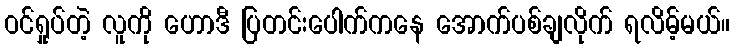
ဝင်ရှုပ်တဲ့ လူကို ဟောဒီ ပြတင်းပေါက်ကနေ အောက်ပစ်ချလိုက် ရလိမ့်မယ်။